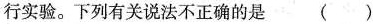
行实验。下列有关说法不正确的是()